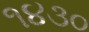
૧૪૩૦